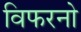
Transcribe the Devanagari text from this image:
विफरनो